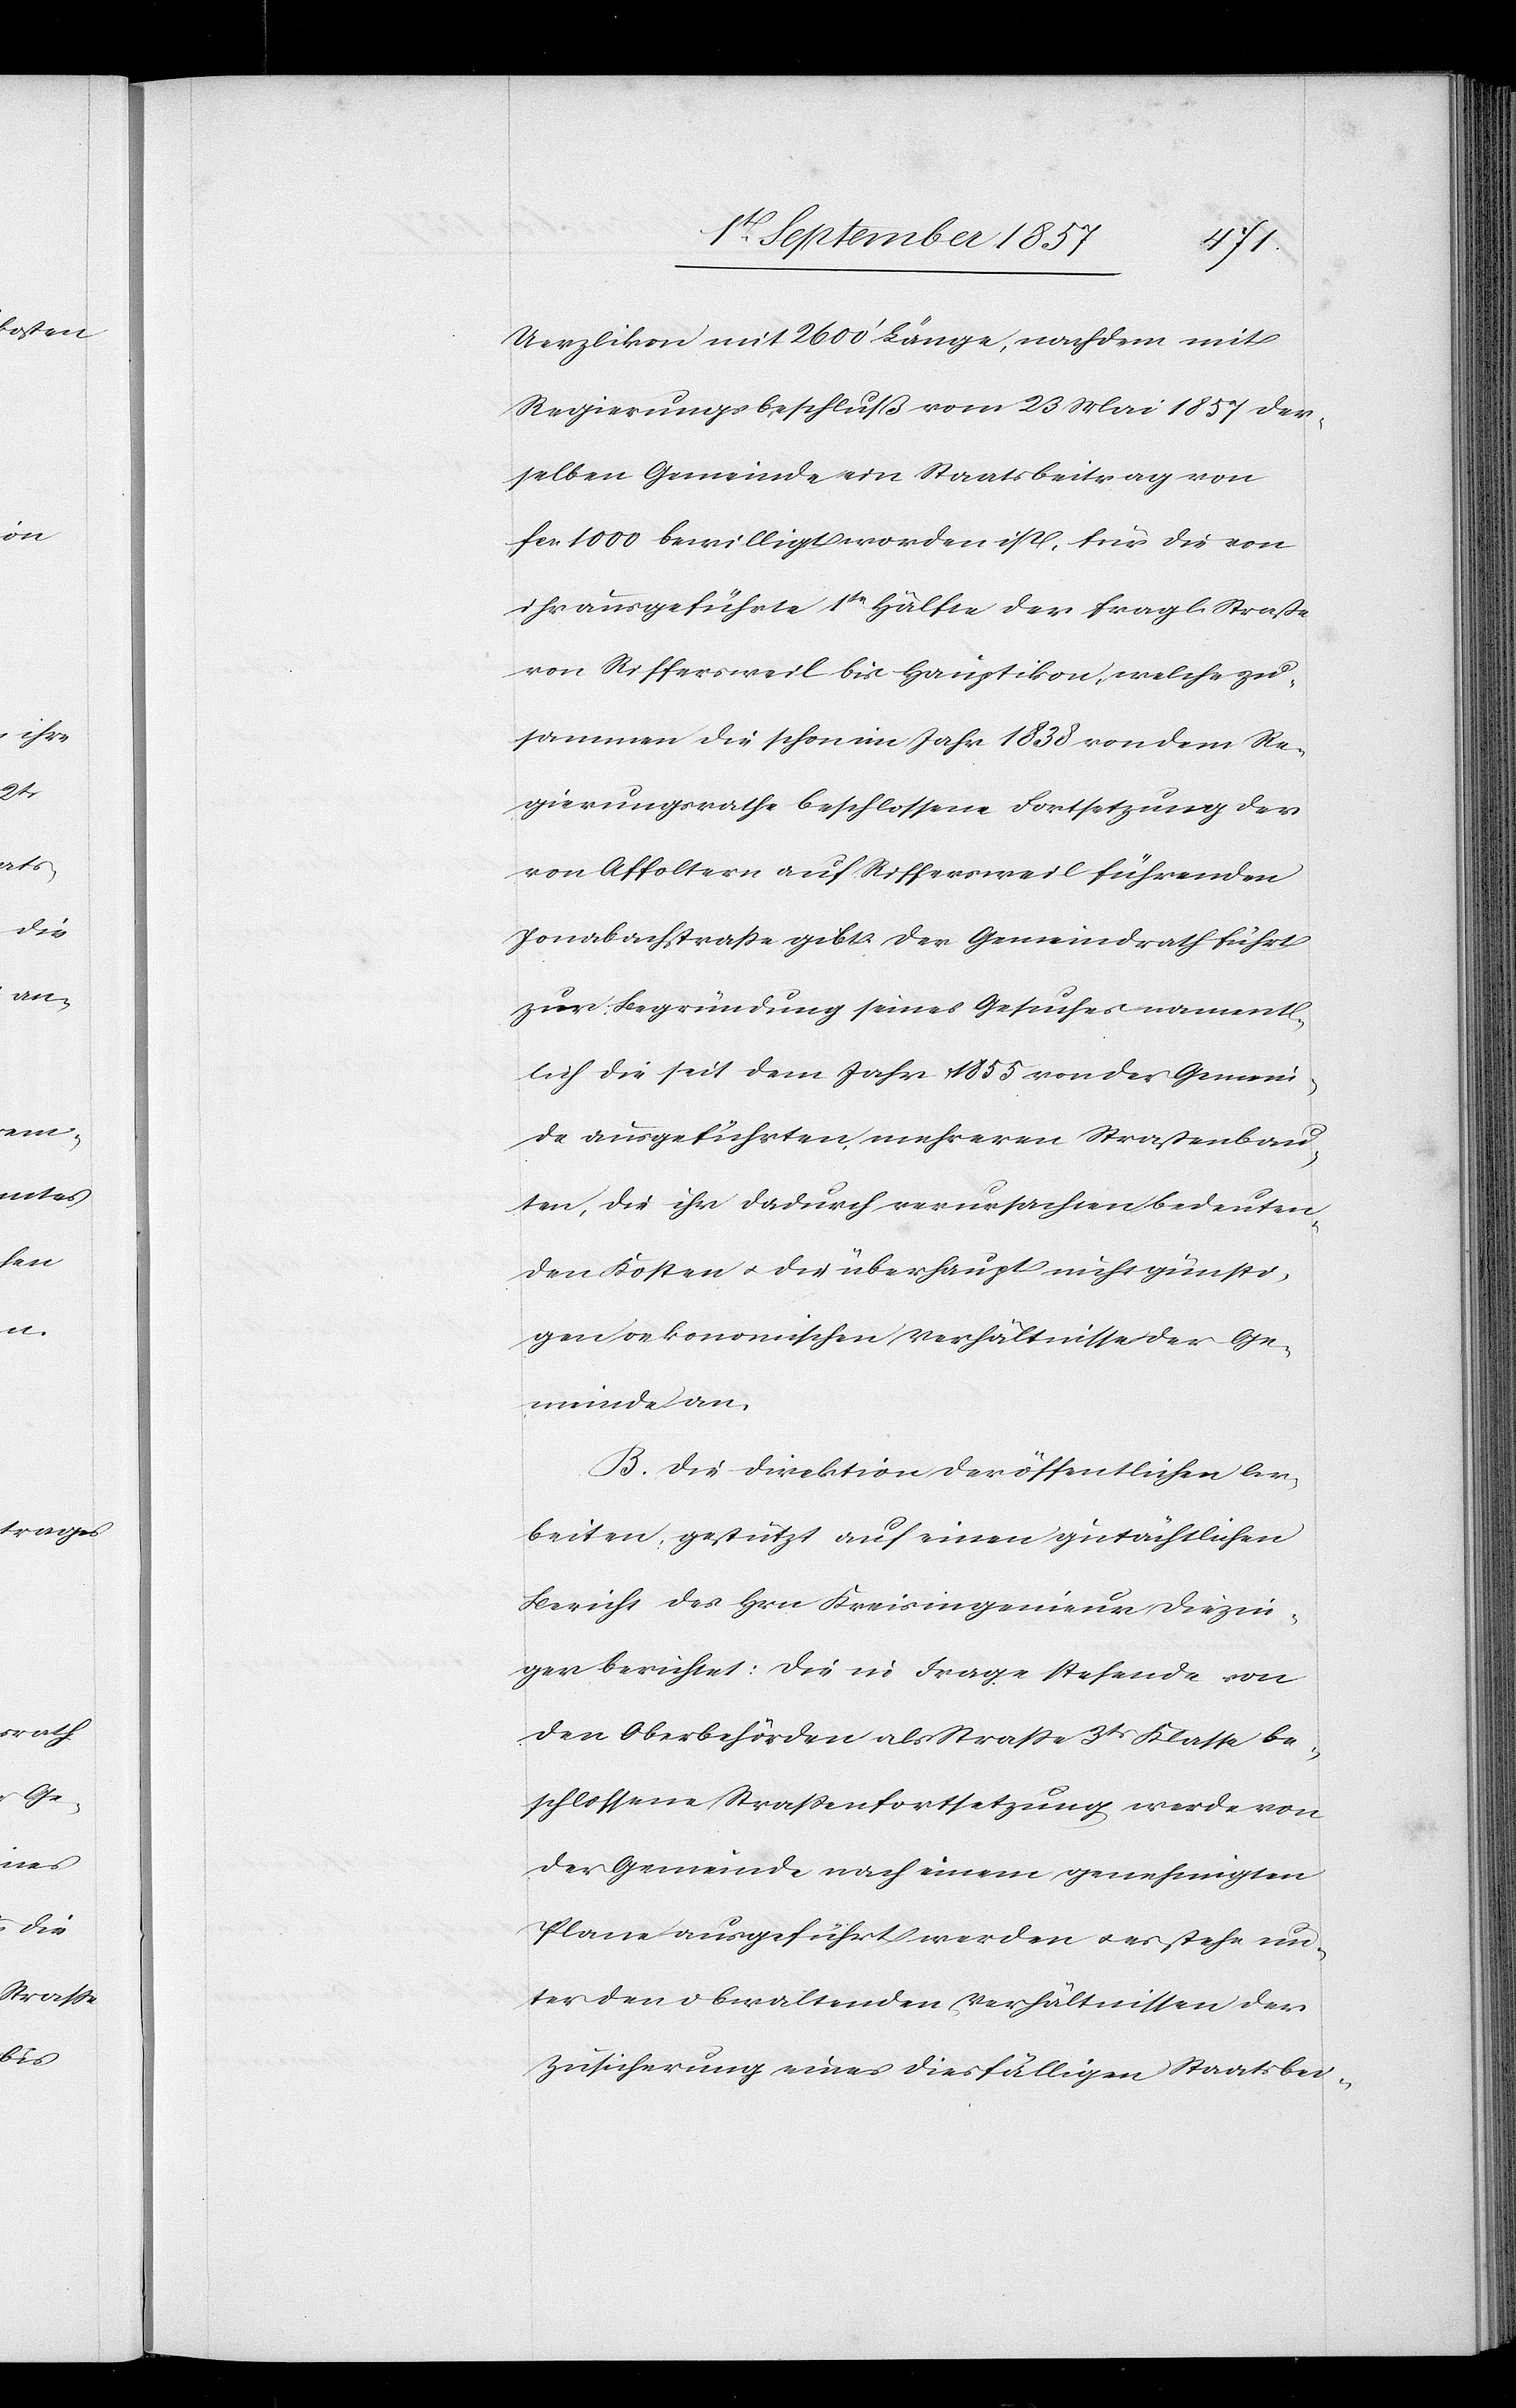
Uerzlikon mit 2600’ Länge, nachdem mit
Regierungsbeschluß vom 23 Mai 1857 der¬
selben Gemeinde ein Staatsbeitrag von
fcs 1000 bewilligt worden ist, für die von
ihr ausgeführte 1te Hälfte der fragl. Straße
von Riffersweil bis Hauptikon, welche zu¬
sammen die schon im Jahr 1838 von dem Re¬
gierungsrathe beschlossene Fortsetzung der
von Affoltern auf Riffersweil führenden
Jonabachstraße gibt. Der Gemeindrath führt
zur Begründung seines Gesuches nament¬
lich die seit dem Jahr 1855 von der Gemein¬
de ausgeführten mehreren Straßenbau¬
ten, die ihr dadurch verursachten bedeuten¬
den Kosten & der überhaupt nicht günsti¬
gen oekonomischen Verhältnisse der Ge¬
meinde an.
B. Die Direktion der öffentlichen Ar¬
beiten gestützt auf einen gutächtlichen
Bericht des Hrn. Kreisingenieur Diezin¬
ger berichtet: Die in Frage stehende von
den Oberbehörden als Straße 3tr Klasse be¬
schlossene Straßenfortsetzung werde von
der Gemeinde nach einem genehmigten
Plane ausgeführt werden & es stehe un¬
ter den obwaltenden Verhältnissen der
Zusicherung eines diesfälligen Staatsbei-